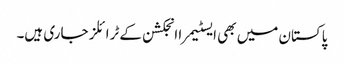
پاکستان میں بھی ایسٹیمرا انجکشن کے ٹرائلز جاری ہیں۔